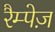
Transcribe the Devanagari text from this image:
रैम्पेज़